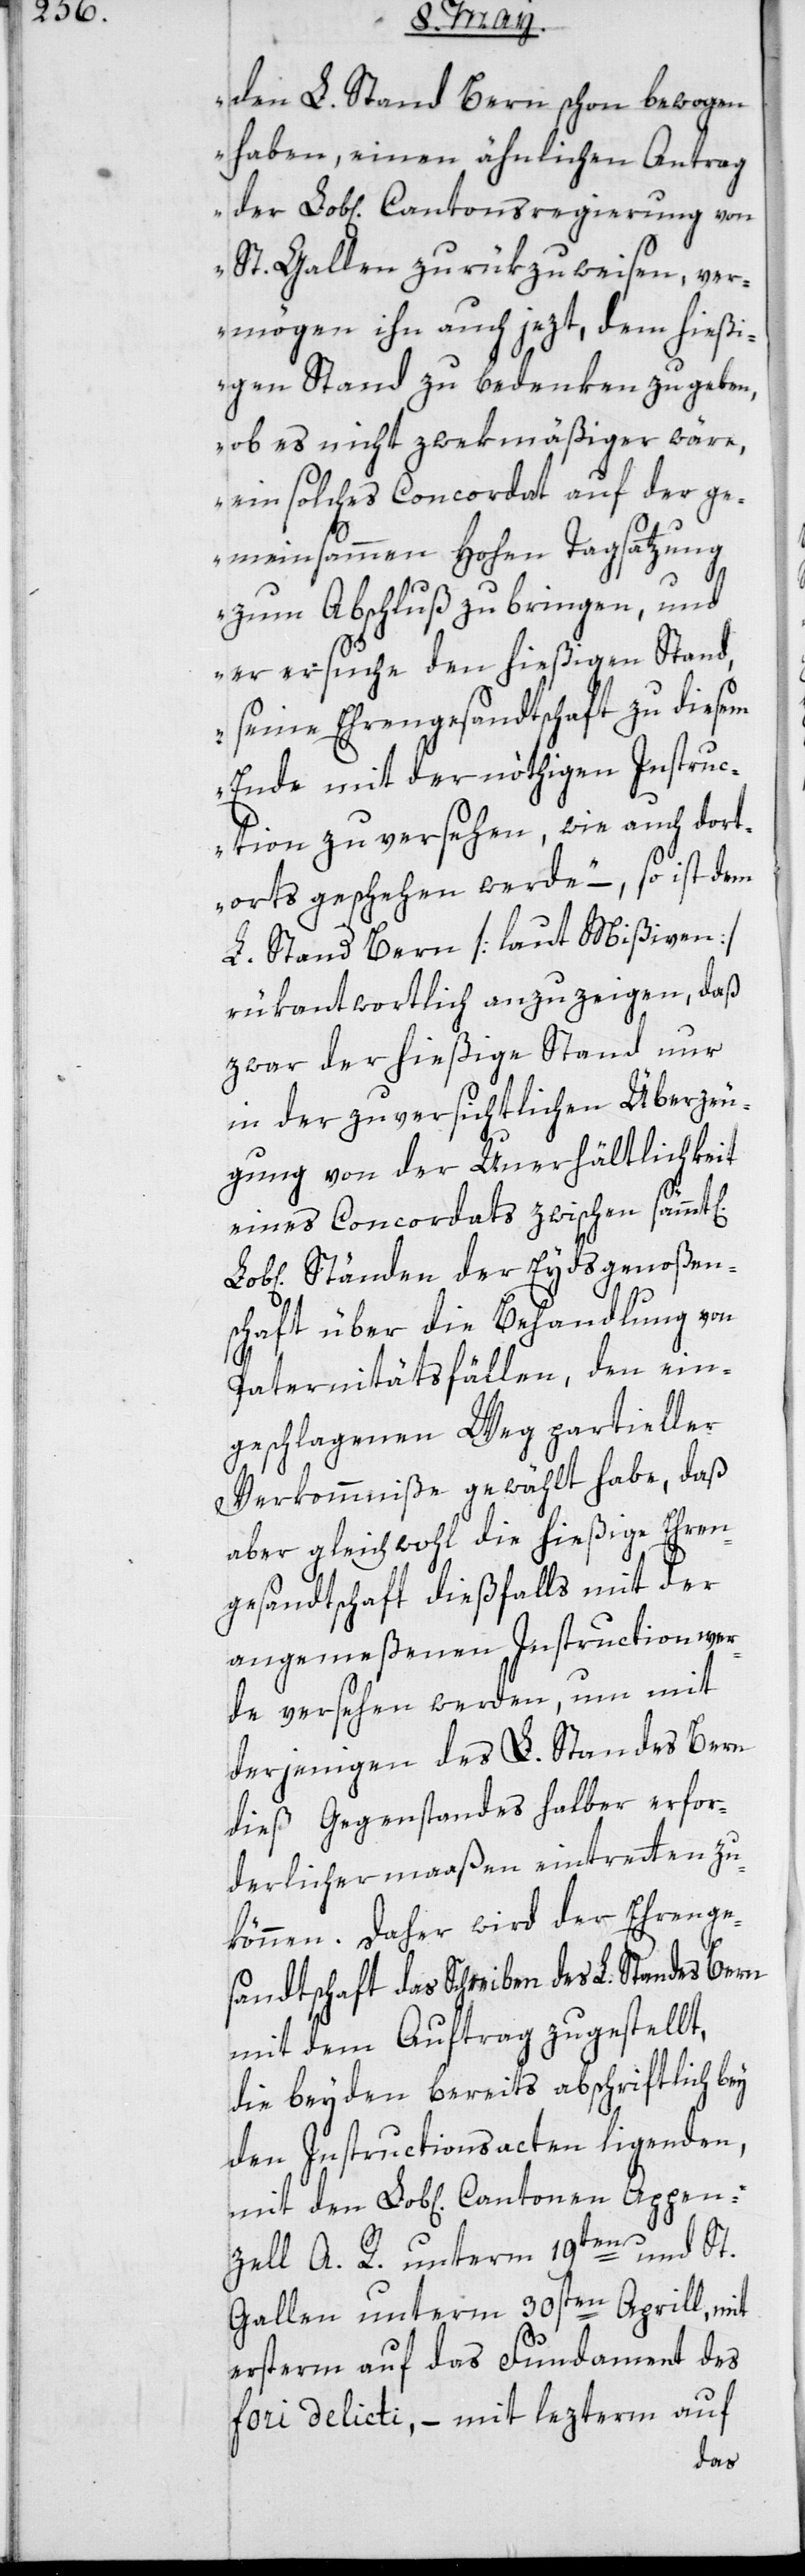
den L. Stand Bern schon bewogen
haben, einen ähnlichen Antrag
der Lob[lichen] Cantonsregierung von
St. Gallen zurükzuweisen, ver¬
mögen ihn auch jezt, dem hießi¬
gen Stand zu bedenken zu geben,
ob es nicht zwekmäßiger wäre,
ein solches Concordat auf der ge¬
meinsammen hohen Tagsatzung
zum Abschluß zu bringen, und
er ersuche den hießigen Stand,
seine Ehrengesandtschaft zu diesem
Ende mit der nöthigen Instruc¬
tion zu versehen, wie auch dort¬
orts geschehen werde,“ – so ist dem
L. Stand Bern [laut Mißiven]
rükantwortlich anzuzeigen, daß
zwar der hießige Stand nur
in der zuversichtlichen Überzeu¬
gung von der Unerhältlichkeit
eines Concordats zwischen sämt[l¬
Ständen der Eydsgenoßen¬
schaft über die Behandlung von
Paternitätsfällen, den ein¬
geschlagenen Weg partieller
Verkommniße gewählt habe, daß
aber gleichwohl die hießige Ehren¬
gesandtschaft dießfalls mit der
angemeßenen Instruction wer¬
de versehen werden, um mit
derjenigen des L. Standes Bern
dieß Gegenstandes halber erfor¬
derlichermaßen eintretten zu
können. Daher wird der Ehrenge¬
sandtschaft das Schreiben des L. Standes Bern
mit dem Auftrag zugestellt,
die beyden bereits abschriftlich bey
den Instructionsacten liegenden,
mit den Lob[lichen] Cantonen Appen¬
zell A. R. unterm 19ten und St.
Gallen unterm 30sten Aprill, mit
ersterm auf das Fundament des
fori delicti, – mit lezterm auf
ichen]